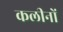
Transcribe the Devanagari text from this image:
कलीनों